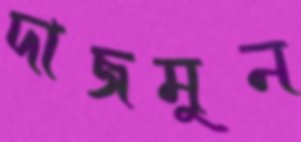
দাজমুন